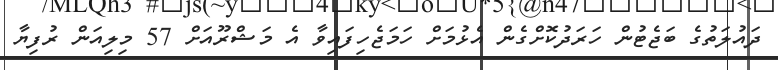
ދައުލަތުގެ ބަޖެޓުން ހަރަދުކޮށްގެން އެޅުމަށް ހަމަޖެހިފައިވާ އެ މަޝްރޫއަށް 57 މިލިއަން ރުފިޔާ